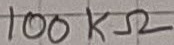
Text: 100KΩ